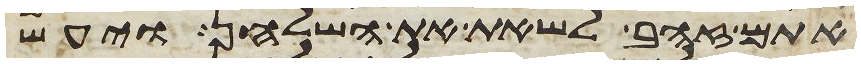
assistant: אתם זהב לשאת את השלחן ויעש